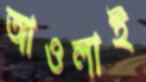
আওলাই